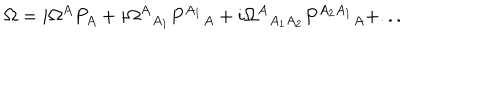
\Omega = i \Omega ^ { A } P _ { A } + i { \Omega ^ { A } } _ { A _ { 1 } } { P ^ { A _ { 1 } } } _ { A } + i { \Omega ^ { A } } _ { A _ { 1 } A _ { 2 } } { P ^ { A _ { 2 } A _ { 1 } } } _ { A } + . . .